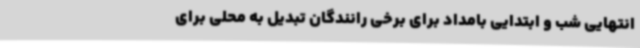
انتهایی شب و ابتدایی بامداد برای برخی رانندگان تبدیل به محلی برای